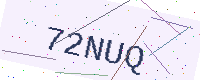
Text: 72NUQ